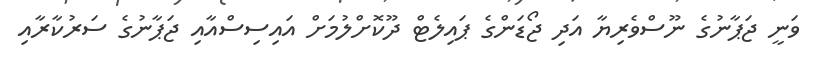
ވަނީ ޖަޕާނުގެ ނޫސްވެރިޔާ އަދި ޖޯޑަންގެ ޕައިލެޓް ދޫކޮށްލުމަށް އައިސިސްއާއި ޖަޕާނުގެ ސަރުކާރާއި